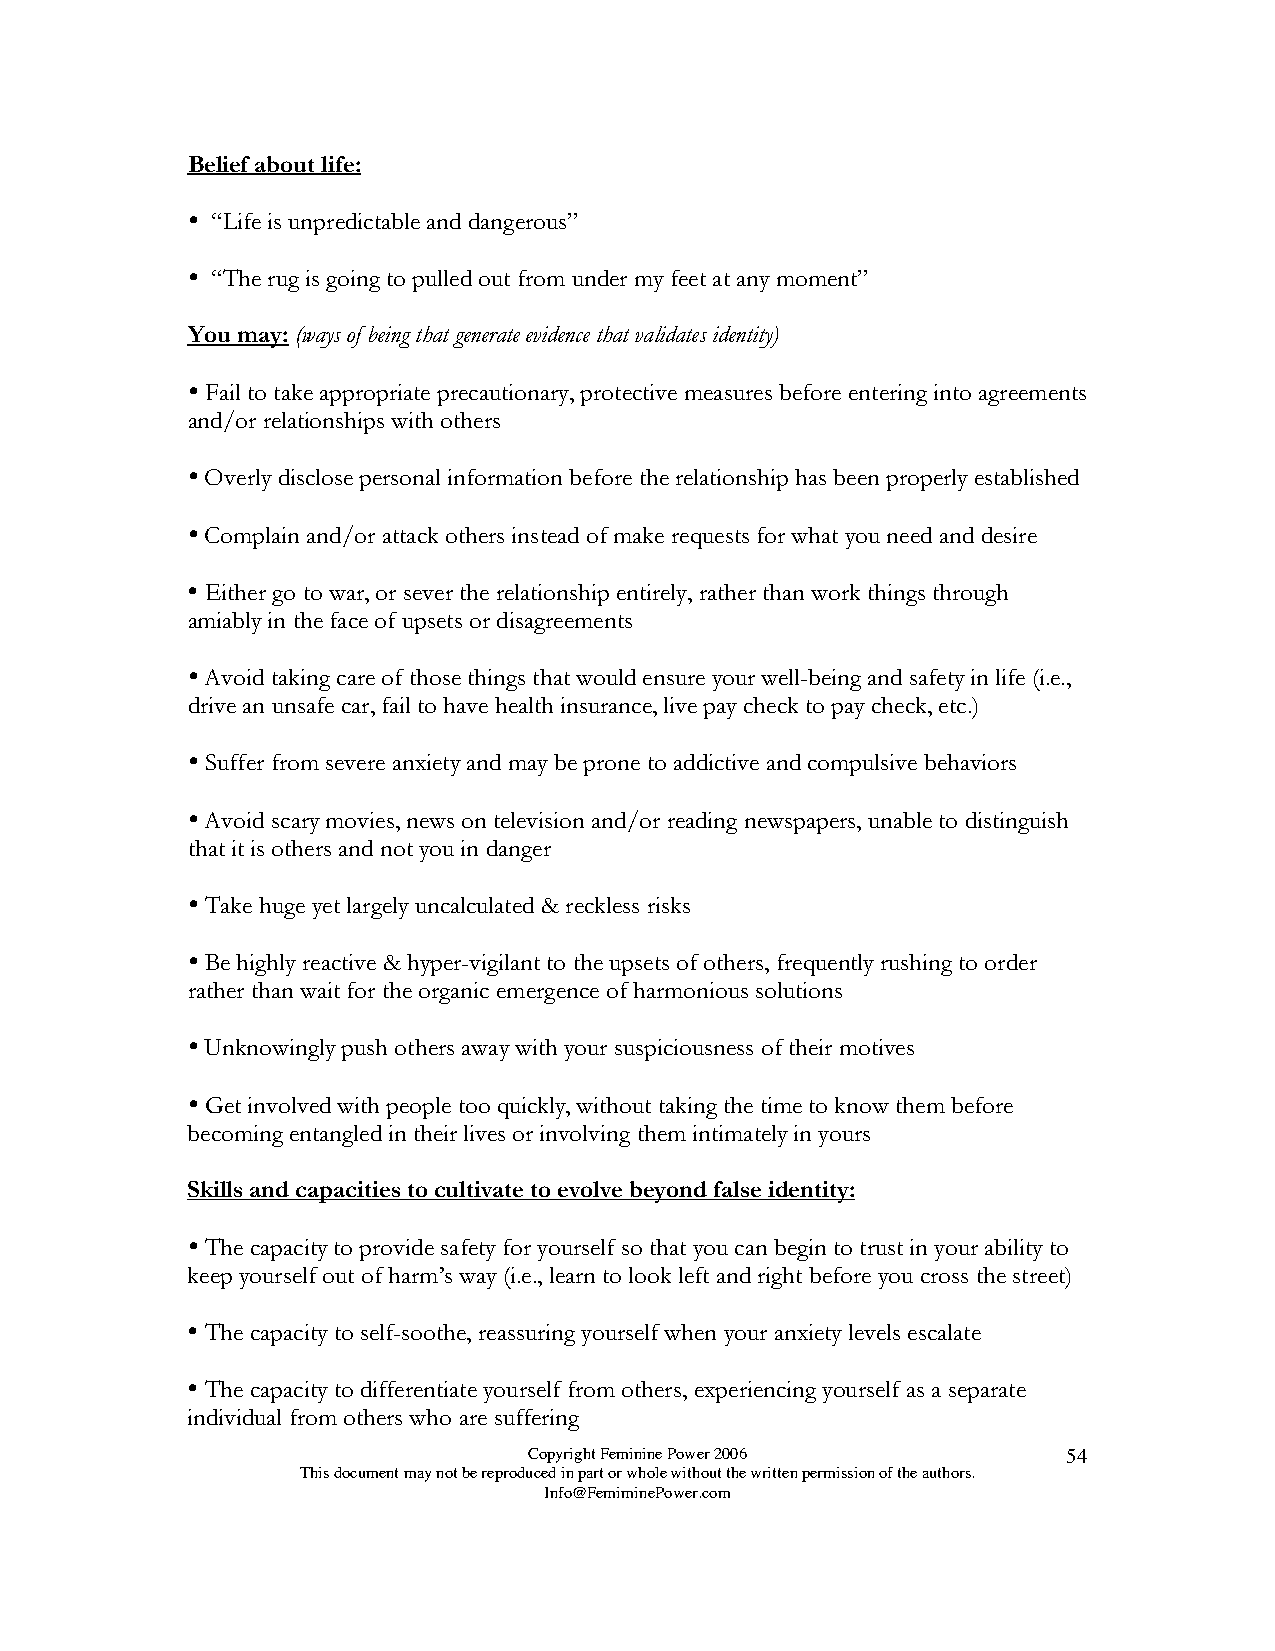
Belief about life:
 
 “Life is unpredictable and dangerous”
 
 “The rug is going to pulled out from under my feet at any moment”
 You may: (ways of being that generate evidence that validates identity)
 
 Fail to take appropriate precautionary, protective measures before entering into agreements
 and/or relationships with others
 
 Overly disclose personal information before the relationship has been properly established
 
 Complain and/or attack others instead of make requests for what you need and desire
 
 Either go to war, or sever the relationship entirely, rather than work things through
 amiably in the face of upsets or disagreements
 
 Avoid taking care of those things that would ensure your well-being and safety in life (i.e.,
 drive an unsafe car, fail to have health insurance, live pay check to pay check, etc.)
 
 Suffer from severe anxiety and may be prone to addictive and compulsive behaviors
 
 Avoid scary movies, news on television and/or reading newspapers, unable to distinguish
 that it is others and not you in danger
 
 Take huge yet largely uncalculated & reckless risks
 
 Be highly reactive & hyper-vigilant to the upsets of others, frequently rushing to order
 rather than wait for the organic emergence of harmonious solutions
 
 Unknowingly push others away with your suspiciousness of their motives
 
 Get involved with people too quickly, without taking the time to know them before
 becoming entangled in their lives or involving them intimately in yours
 Skills and capacities to cultivate to evolve beyond false identity:
 
 The capacity to provide safety for yourself so that you can begin to trust in your ability to
 keep yourself out of harm’s way (i.e., learn to look left and right before you cross the street)
 
 The capacity to self-soothe, reassuring yourself when your anxiety levels escalate
 
 The capacity to differentiate yourself from others, experiencing yourself as a separate
 individual from others who are suffering
 Copyright Feminine Power 2006       54
 This document may not be reproduced in part or whole without the written permission of the authors.
 Info@FemiminePower.com